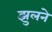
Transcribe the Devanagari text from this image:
झुलने